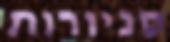
סניורות